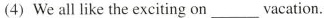
(4)We all like the exciting on___vacation.